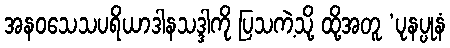
အနဝသေသပရိယာဒါနသဒ္ဒါကို ပြသကဲ့သို့ ထို့အတူ ‘ပုနပ္ပုနံ